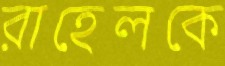
রাহেলকে